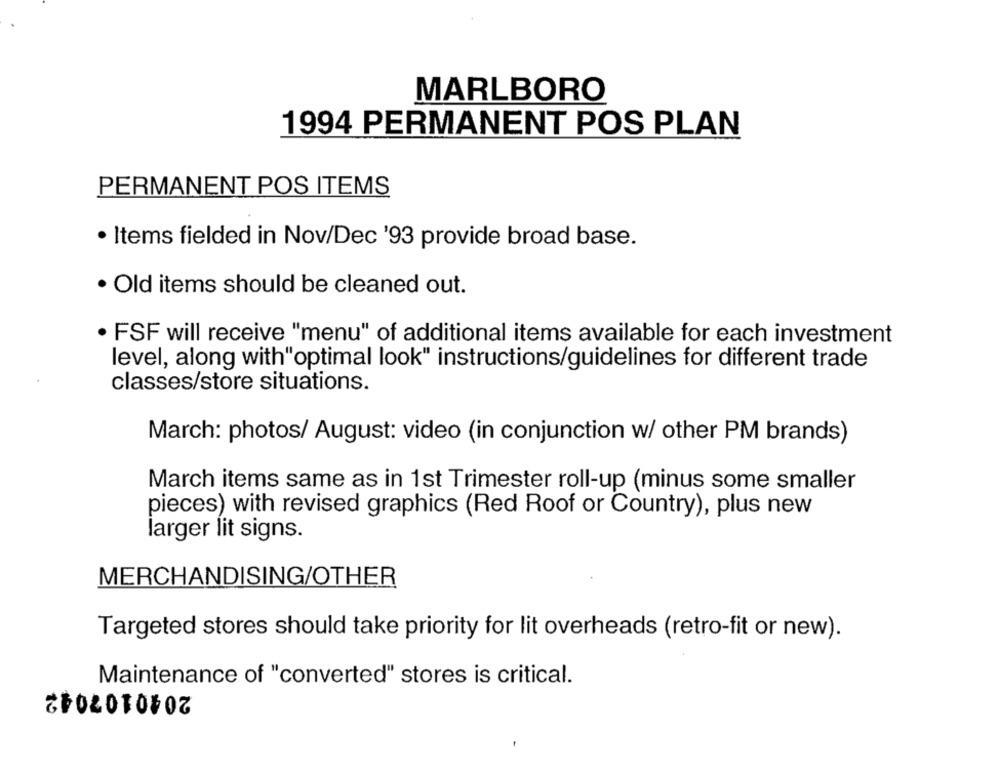
MARLBORO
1994 PERMANENT POS PLAN
PERMANENT POS ITEMS
· Items fielded in Nov/Dec '93 provide broad base.
· Old items should be cleaned out.
· FSF will receive "menu" of additional items available for each investment
level, along with"optimal look" instructions/guidelines for different trade
classes/store situations.
March: photos/ August: video (in conjunction w/ other PM brands)
March items same as in 1st Trimester roll-up (minus some smaller
pieces) with revised graphics (Red Roof or Country), plus new
larger lit signs.
MERCHANDISING/OTHER
Targeted stores should take priority for lit overheads (retro-fit or new).
Maintenance of "converted" stores is critical.
2040107042